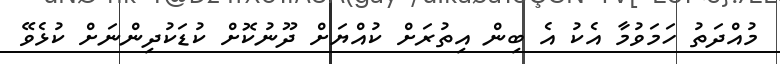
މުއްދަތު ހަމަވުމާ އެކު އެ ބިން އިތުރަށް ކުއްޔަށް ދޫނުކޮށް ކުޑަކުދިންނަށް ކުޅެވޭ